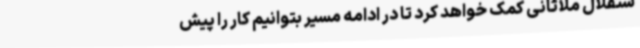
ستقلال ملاثانی کمک خواهد کرد تا در ادامه مسیر بتوانیم کار را پیش